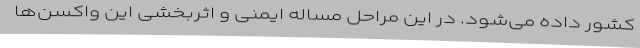
کشور داده می‌شود. در این مراحل مساله ایمنی و اثربخشی این واکسن‌ها